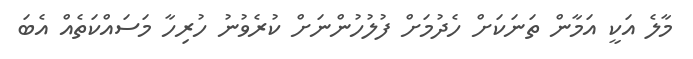
މާލެ އަކީ އަމާން ތަނަކަށް ހެދުމަށް ފުލުހުންނަށް ކުރެވުނު ހުރިހާ މަސައްކަތެއް އެބަ